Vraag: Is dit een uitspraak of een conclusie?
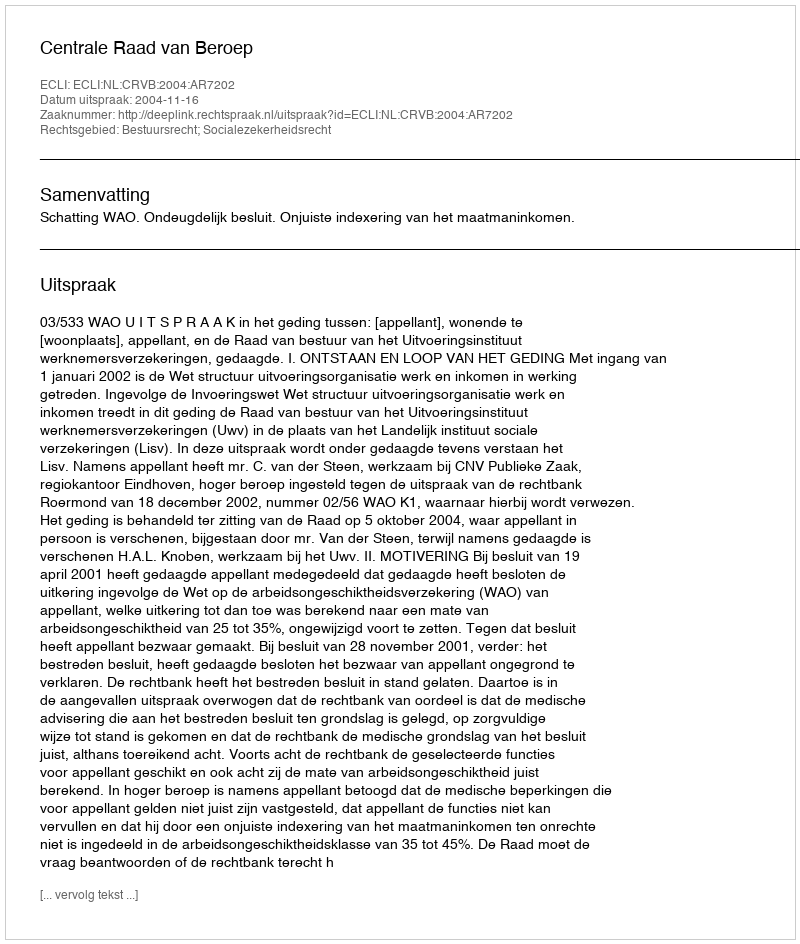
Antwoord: Uitspraak